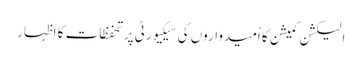
الیکشن کمیشن کا اْمیدواروں کی سیکیورٹی پر تحفظات کا اظہار